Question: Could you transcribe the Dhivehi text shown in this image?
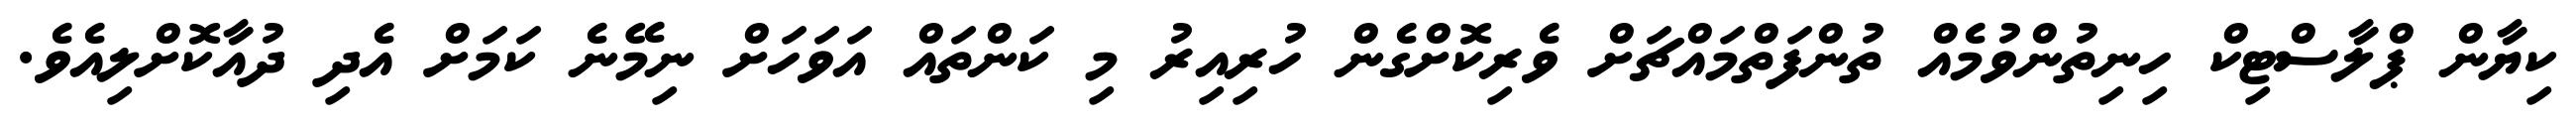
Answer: ކިޔާން ޕްލާސްޓިކް ހިނިތުންވުމެއް ތުންފަތްމައްޗަށް ވެރިކޮށްގެން ހުރިއިރު މި ކަންތައް އަވަހަށް ނިމޭނެ ކަމަށް އެދި ދުއާކޮށްލިއެވެ.